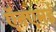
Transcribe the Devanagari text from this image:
ऍनएमई